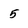
Character: 5